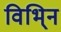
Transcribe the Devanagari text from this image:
विभि्न